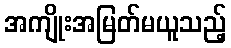
အကျိုးအမြတ်မယူသည့်